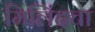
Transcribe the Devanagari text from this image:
मिलिंदचा